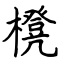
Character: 櫈